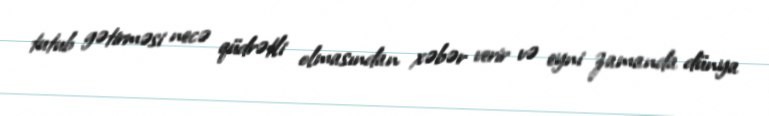
tutub gətirməsi necə qüdrətli olmasından xəbər verir və eyni zamanda dünya